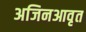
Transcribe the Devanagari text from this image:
अजिनआवृत